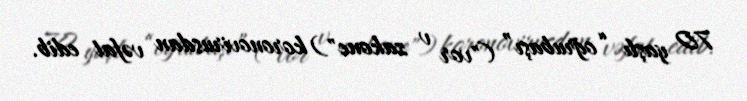
70 yaşlı “oğrubaşı” ("vor v zakone") koronovirusdan vəfat edib.